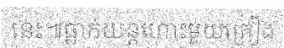
នេះ៕ធ្លាក់យន្តហោះមួយគ្រឿង